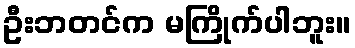
ဦးဘတင်က မကြိုက်ပါဘူး။